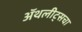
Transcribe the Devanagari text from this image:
ॲथलीट्सचा